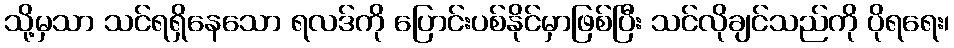
သို့မှသာ သင်ရရှိနေသော ရလဒ်ကို ပြောင်းပစ်နိုင်မှာဖြစ်ပြီး သင်လိုချင်သည်ကို ပိုရရေး၊